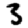
Digit: 3